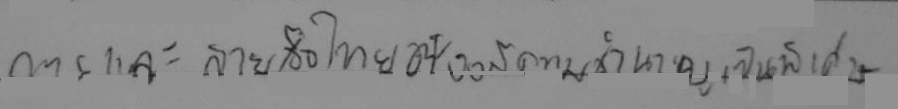
การแงะลายมือไทยต้องมีความชำนาญเป็นพิเศษ